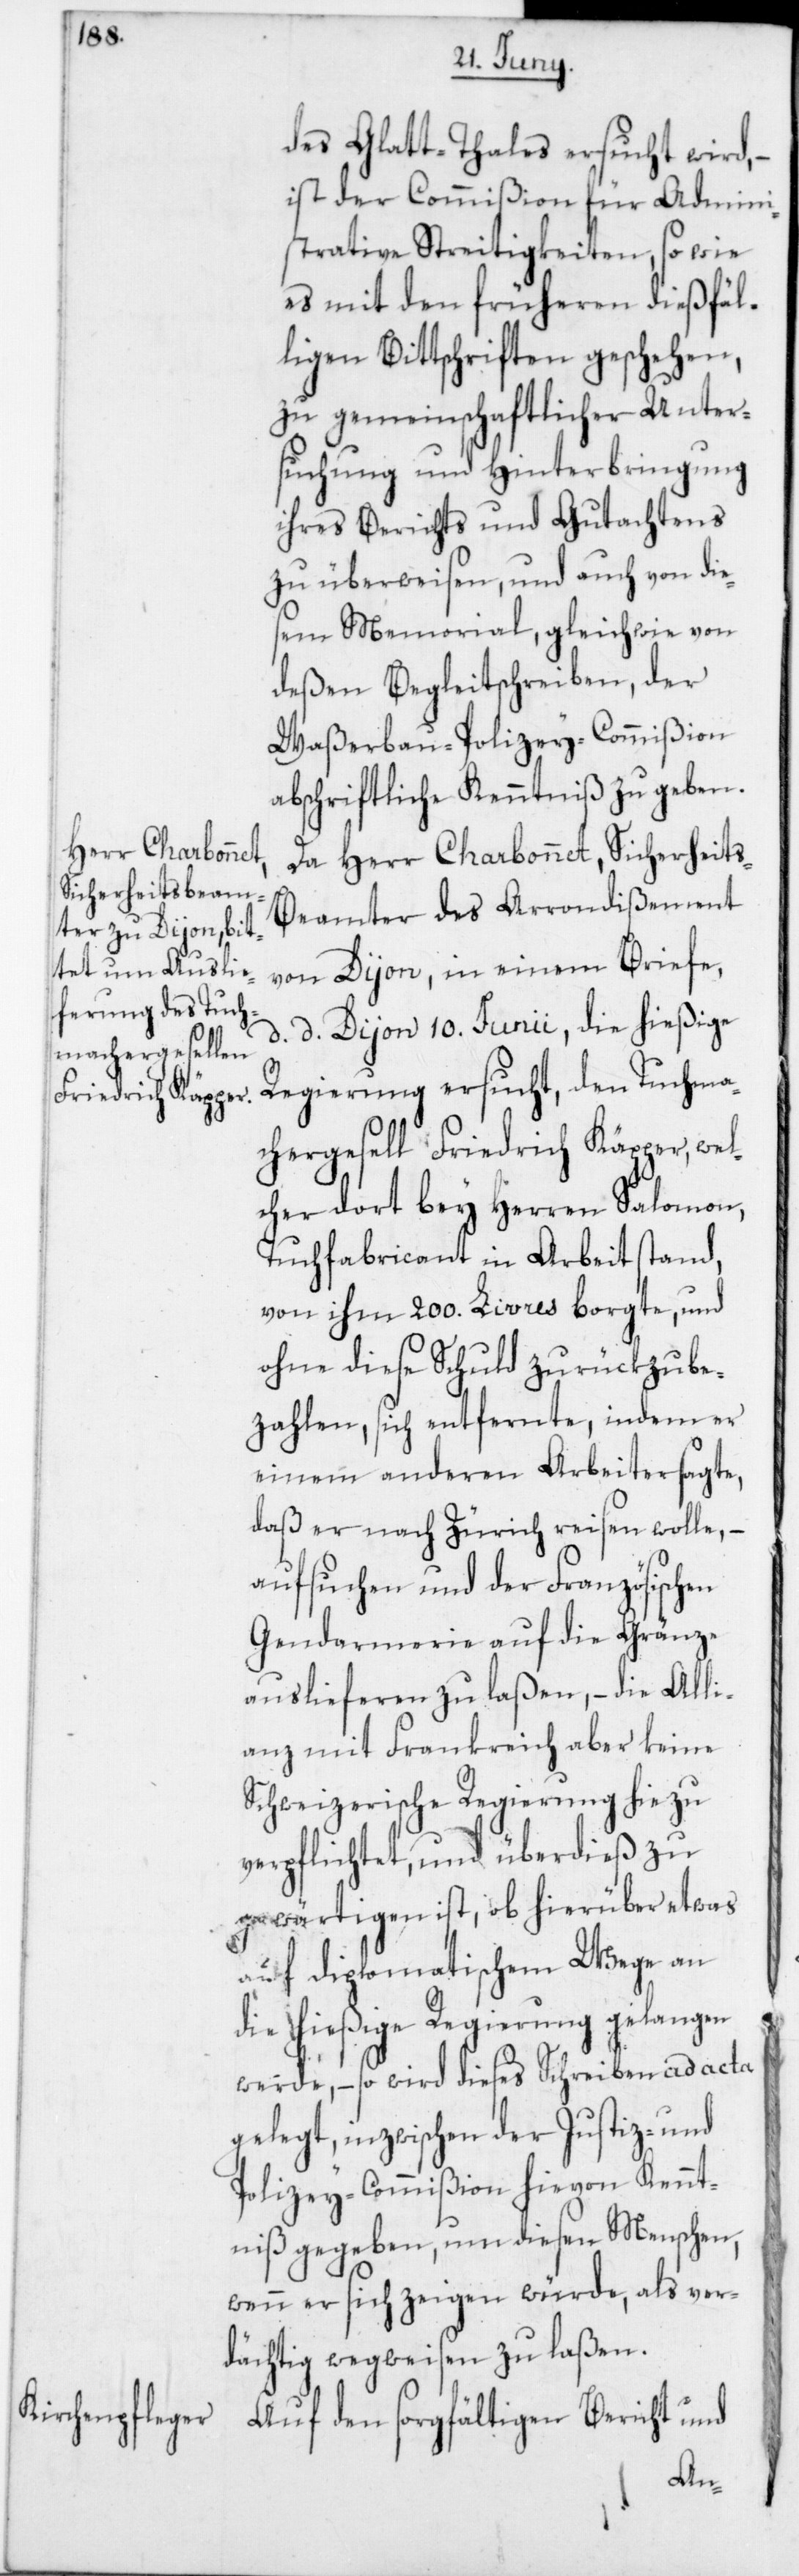
des Glatt-Thales ersucht wird, –
ist der Commißion für Admini¬
strative Streitigkeiten, so wie
es mit den früheren dießfäl¬
ligen Bittschriften geschehen,
zu gemeinschaftlicher Unter¬
suchung und Hinterbringung
ihres Berichts und Gutachtens
zu überweisen, und auch von dies¬
em Memorial, gleich wie von
deßen Begleitschreiben, der
Waßerbau-Polizey-Commißion
abschriftliche Kenntniß zu geben.
Da Herr Charbonnet, Sicherheit¬
s-Beamter des Arrondißement
von Dijon, in einem Briefe
d. d. Dijon 10. Junii, die hießige
Regierung ersucht, den Tuchma¬
chergesell Friedrich Käpper, wel¬
cher dort bey Herren Salomon,
Tuchfabricant in Arbeit stand,
von ihm 200. Livres borgte, und
ohne diese Schuld zurükzube¬
zahlen, sich entfernte, indem er
einem anderen Arbeiter sagte,
daß er nach Zürich reisen wolle, –
aufsuchen und der Französischen
Gendarmerie auf die Gränze
auslieferen zu laßen, – die Alli¬
anz mit Frankreich aber keine
Schweizerische Regierung hiezu
verpflichtet, und überdieß zu
gewärtigen ist, ob hierüber etwas
auf diplomatischem Wege an
die hießige Regierung gelangen
werde, – so wird dieses Schreiben ad acta
gelegt, inzwischen der Justiz- und
Polizey-Commißion hievon Kennt¬
niß gegeben, um diesen Menschen,
wenn er sich zeigen würde, als ver¬
dächtig wegweisen zu laßen.
Auf den sorgfältigen Bericht und